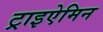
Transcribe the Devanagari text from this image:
ट्राइऐमिन